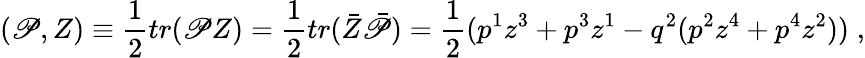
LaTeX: (\mathscr{P},Z)\equiv\frac{{1}}{{2}}tr(\mathscr{P}Z)=\frac{{1}}{{2}}tr(\bar{{Z}}\bar{{\mathscr{P}}})=\frac{{1}}{{2}}(p^{1}z^{3}+p^{3}z^{1}-q^{2}(p^{2}z^{4}+p^{4}z^{2}))\; ,